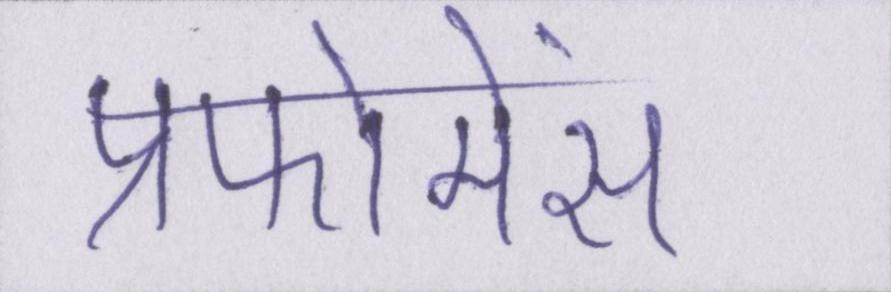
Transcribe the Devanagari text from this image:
प्रफोमेंस